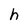
Character: h